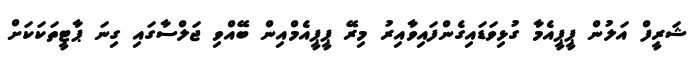
ޝަރީފް އަލުން ޕީޕީއެމާ ގުޅިވަޑައިގެންފައިވާއިރު މިރޭ ޕީޕީއެމްއިން ބޭއްވި ޖަލްސާގައި ގިނަ ޕާޓީތަކަކަށް